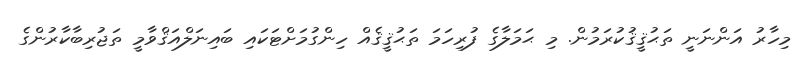
މިހާރު އަންނަނީ ތަޙުޤީޤުކުރަމުން. މި ޙަމަލާގެ ފުރިހަމަ ތަޙުޤީޤެއް ހިންގުމަށްޓަކައި ބައިނަލްއަޤްވާމީ ތަޖުރިބާކާރުންގެ